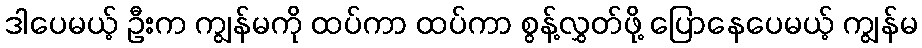
ဒါပေမယ့် ဦးက ကျွန်မကို ထပ်ကာ ထပ်ကာ စွန့်လွှတ်ဖို့ ပြောနေပေမယ့် ကျွန်မ